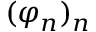
( \varphi _ { n } ) _ { n }